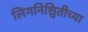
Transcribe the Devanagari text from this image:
लिंगनिश्चितीच्या